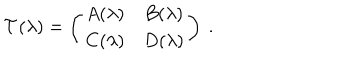
{ \cal T } ( \lambda ) = \left( \begin{array} { c c } { { A ( \lambda ) } } & { { B ( \lambda ) } } \\ { { C ( \lambda ) } } & { { D ( \lambda ) } } \\ \end{array} \right) \ .